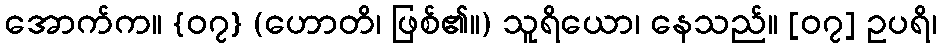
အောက်က။ {၀၇} (ဟောတိ၊ ဖြစ်၏။) သူရိယော၊ နေသည်။ [၀၇] ဥပရိ၊